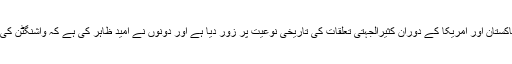
اعزاز چوہدری اور آصف علی زرداری نے پاکستان اور امریکا کے دوران کثیرالجہتی تعلقات کی تاریخی نوعیت پر زور دیا ہے اور دونوں نے امید ظاہر کی ہے کہ واشنگٹن کی نئی انتظامیہ اس اتحاد کو مضبوط کرے گی۔